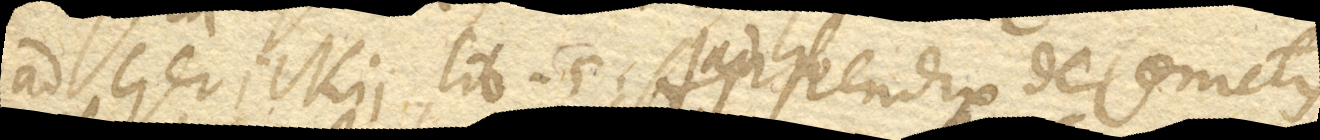
Ad Gerickii lib. 5. Appendix de Cometis